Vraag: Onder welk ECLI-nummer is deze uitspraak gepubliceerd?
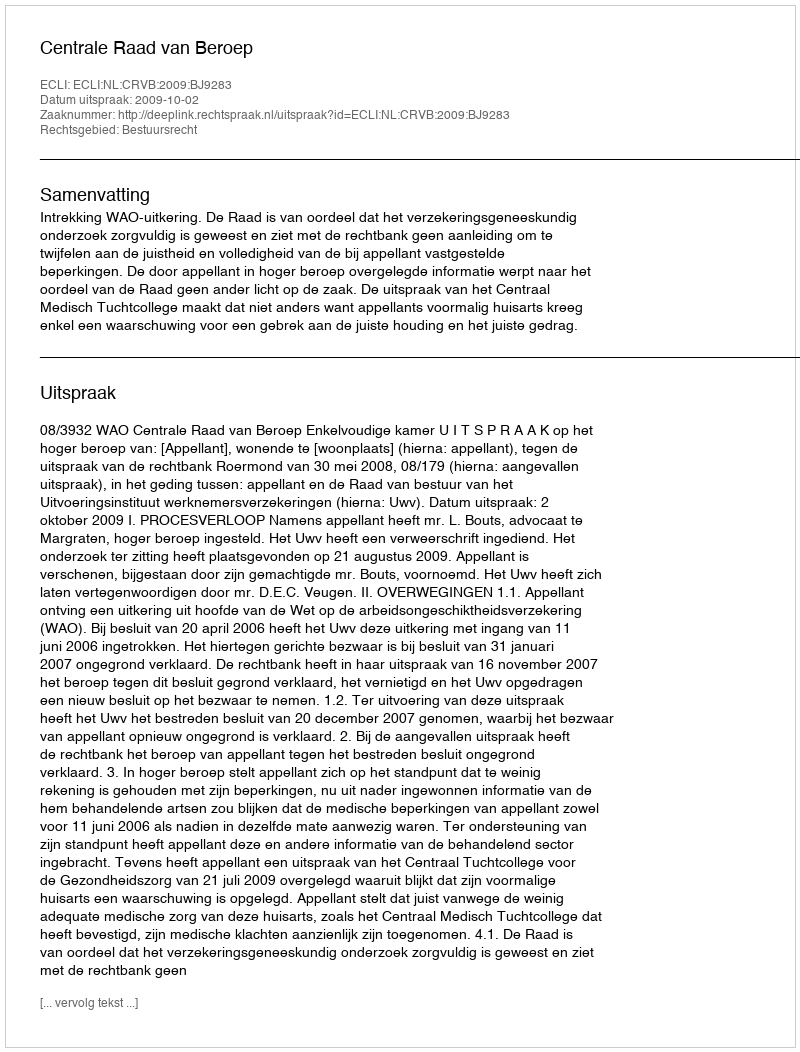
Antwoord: ECLI:NL:CRVB:2009:BJ9283